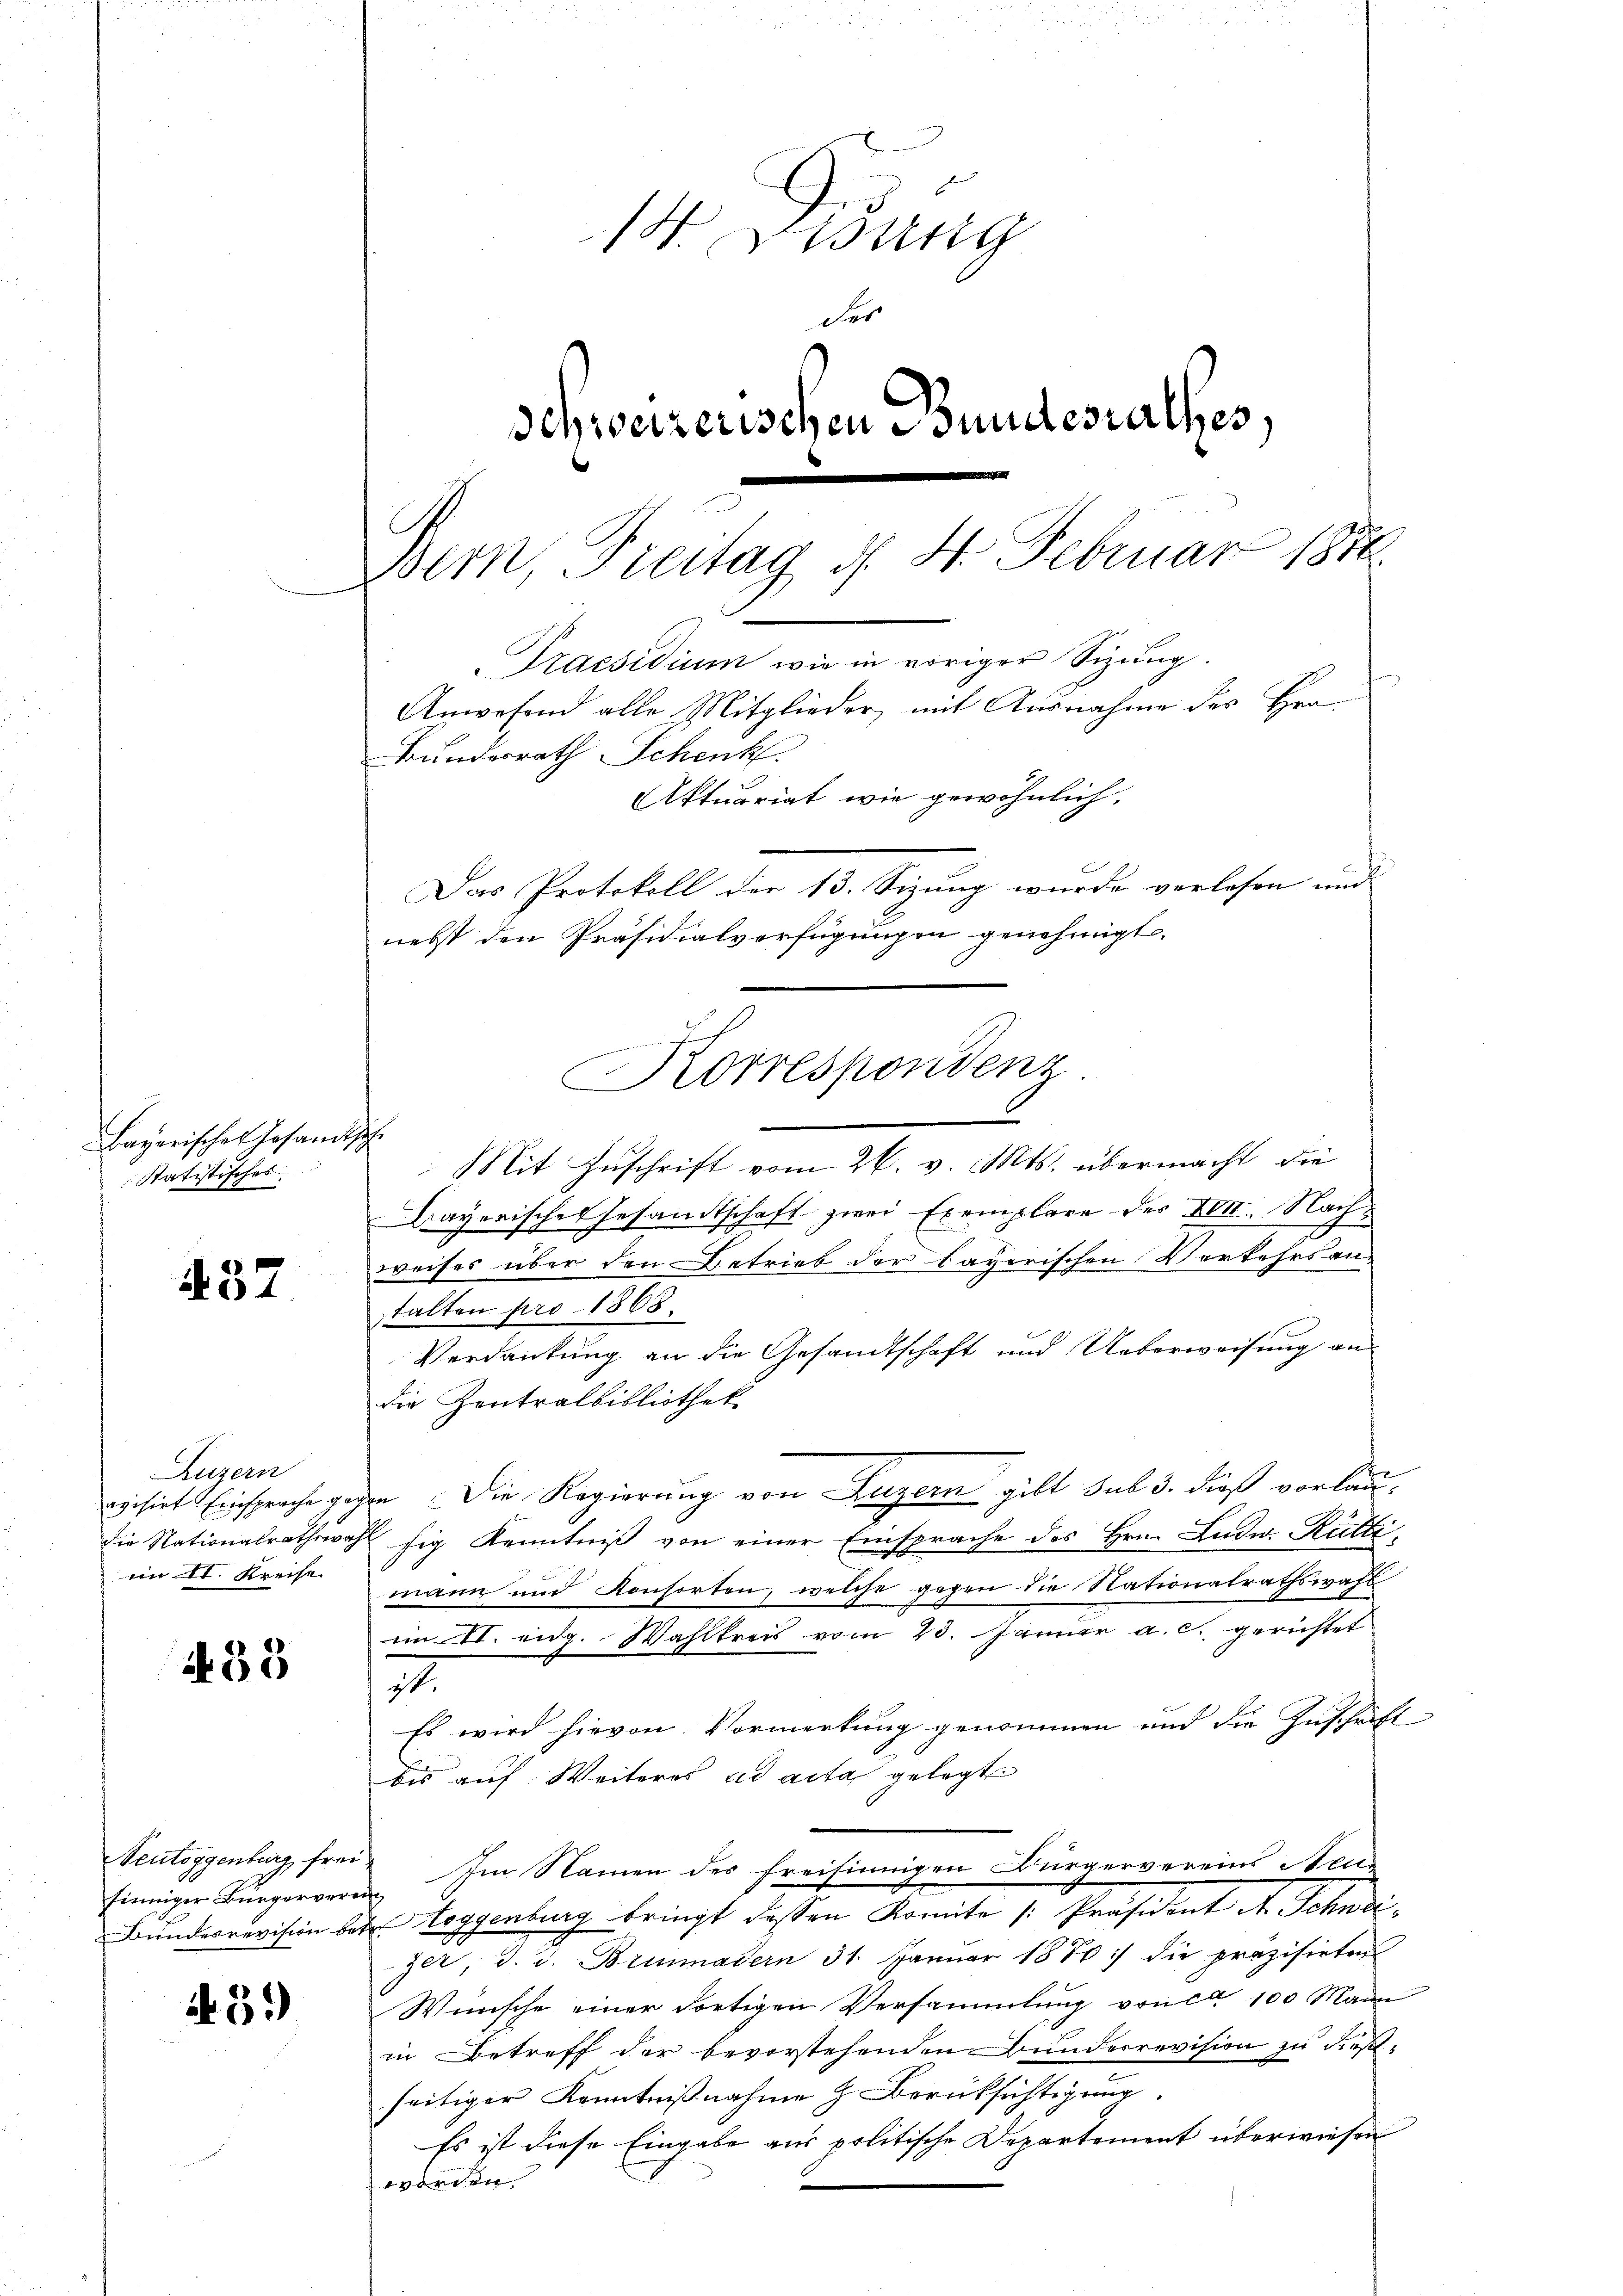
37

Bayerischen Gesandtsch
Statistisches

433

finniger Bürgerverein

59)

ug
der
Schweizerischen Bundesrathes,
Bern, Freitag d. 4. Februar 1870

Praesidium wie in voriger Sizung.
Anwesend alle Mitglieder, mit Ausnahme des Her¬
Bundesrath Schenk
Aktuariat wie gewöhnlich.
Das Protokoll der 13. Sizung wurde verlesen und
nebst den Präsidialverfügungen genehmigt.
Korrespondenz
e

Luzern
im II. Kreise

Mit Zuschrift vom 26. v. Mts. übermacht die
Bayerisches Gesandtschaft zwei Exemplare der XVIII. Nachweises über den Betrieb der bayerischen Verkehrsan-
stalten pro 1868.
Verdankung an die Gesandtschaft und Ueberweisung an
die Zentralbibliothek
evisirt Einsprache gegen Die Regierung von Luzern gibt sub 3. dieß vorlaudie Nationalrathswahl fig Kenntniβ von einer Einsprache des Hrn. Ludw. Rütti,
mann und Konsorten, welche gegen die Nationalrathswahl
im II. eidg. Wahlkreis vom 23. Januar a. c. gerichtet
m
Es wird hievon Vormerkung genommen und die Zuschrift
bis auf Weiteres ad acta gelegt
Veutoggenburg, frei. Im Namen der freisinnigen Bürgervereins Neu-
Bŭndesrevision betr. Toggenburg bringt dessen Komite [Präsident A. Schndi
zer, d. d. Brismatern 31. Janŭar 1870 :/ die präzisirten
Wünsche einer dortigen Versammlung von ca 100 Mann
in Betreff der bevorstehenden Bunderrevision zu dießseitiger Kenntnißnahme H. Berücksichtigung.
Es ist diese Eingabe aus politische Departement überwiesen
.
en